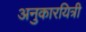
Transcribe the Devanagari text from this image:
अनुकारयित्री